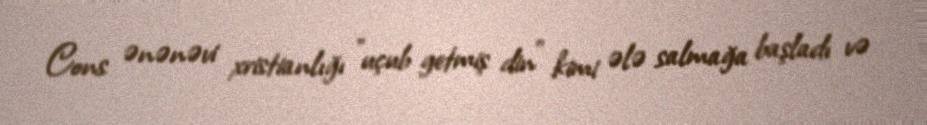
Cons ənənəvi xristianlığı "uçub getmiş din" kimi ələ salmağa başladı və